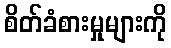
စိတ်ခံစားမှုများကို